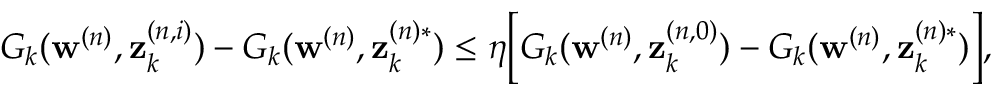
\begin{array} { r } { G _ { k } ( \mathbf { w } ^ { ( n ) } , \mathbf { z } _ { k } ^ { ( n , i ) } ) - G _ { k } ( \mathbf { w } ^ { ( n ) } , \mathbf { z } _ { k } ^ { ( n ) * } ) \leq \eta \Big [ G _ { k } ( \mathbf { w } ^ { ( n ) } , \mathbf { z } _ { k } ^ { ( n , 0 ) } ) - G _ { k } ( \mathbf { w } ^ { ( n ) } , \mathbf { z } _ { k } ^ { ( n ) * } ) \Big ] , } \end{array}